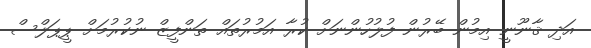
އަދި ޤާނޫނީ އިމުން ބޭރުން ފުލުހުންނަށް ކުރާ އަމުރުތައް ތަންފީޒް ނުކުރުމަށް ޕީޕަލްސް